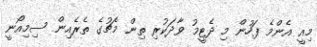
މިއީ އެންމެ ފަހުން މި ދެޓީމު ވާދަކުރި ތިން މެޗުގެ ތެރެއިން ސިމިއޯނީ